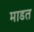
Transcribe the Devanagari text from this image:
माडत